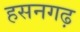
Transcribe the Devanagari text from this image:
हसनगढ़